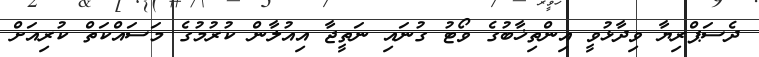
ދެސަޕްރިޔާ ވިދާޅުވީ އިންތިޚާބުގެ ވޯޓު ގުނައި ނަތީޖާ އިއުލާން ކުރުމުގެ މަސައްކަތް ކުރިއަށް